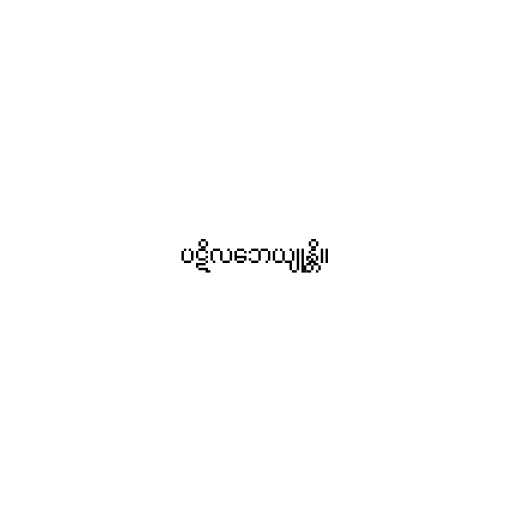
ပဋိလဘေယျုန္တိ။